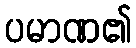
ပမာဏ၏